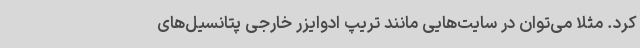
کرد. مثلاً می‌توان در سایت‌هایی مانند تریپ ادوایزر خارجی پتانسیل‌های